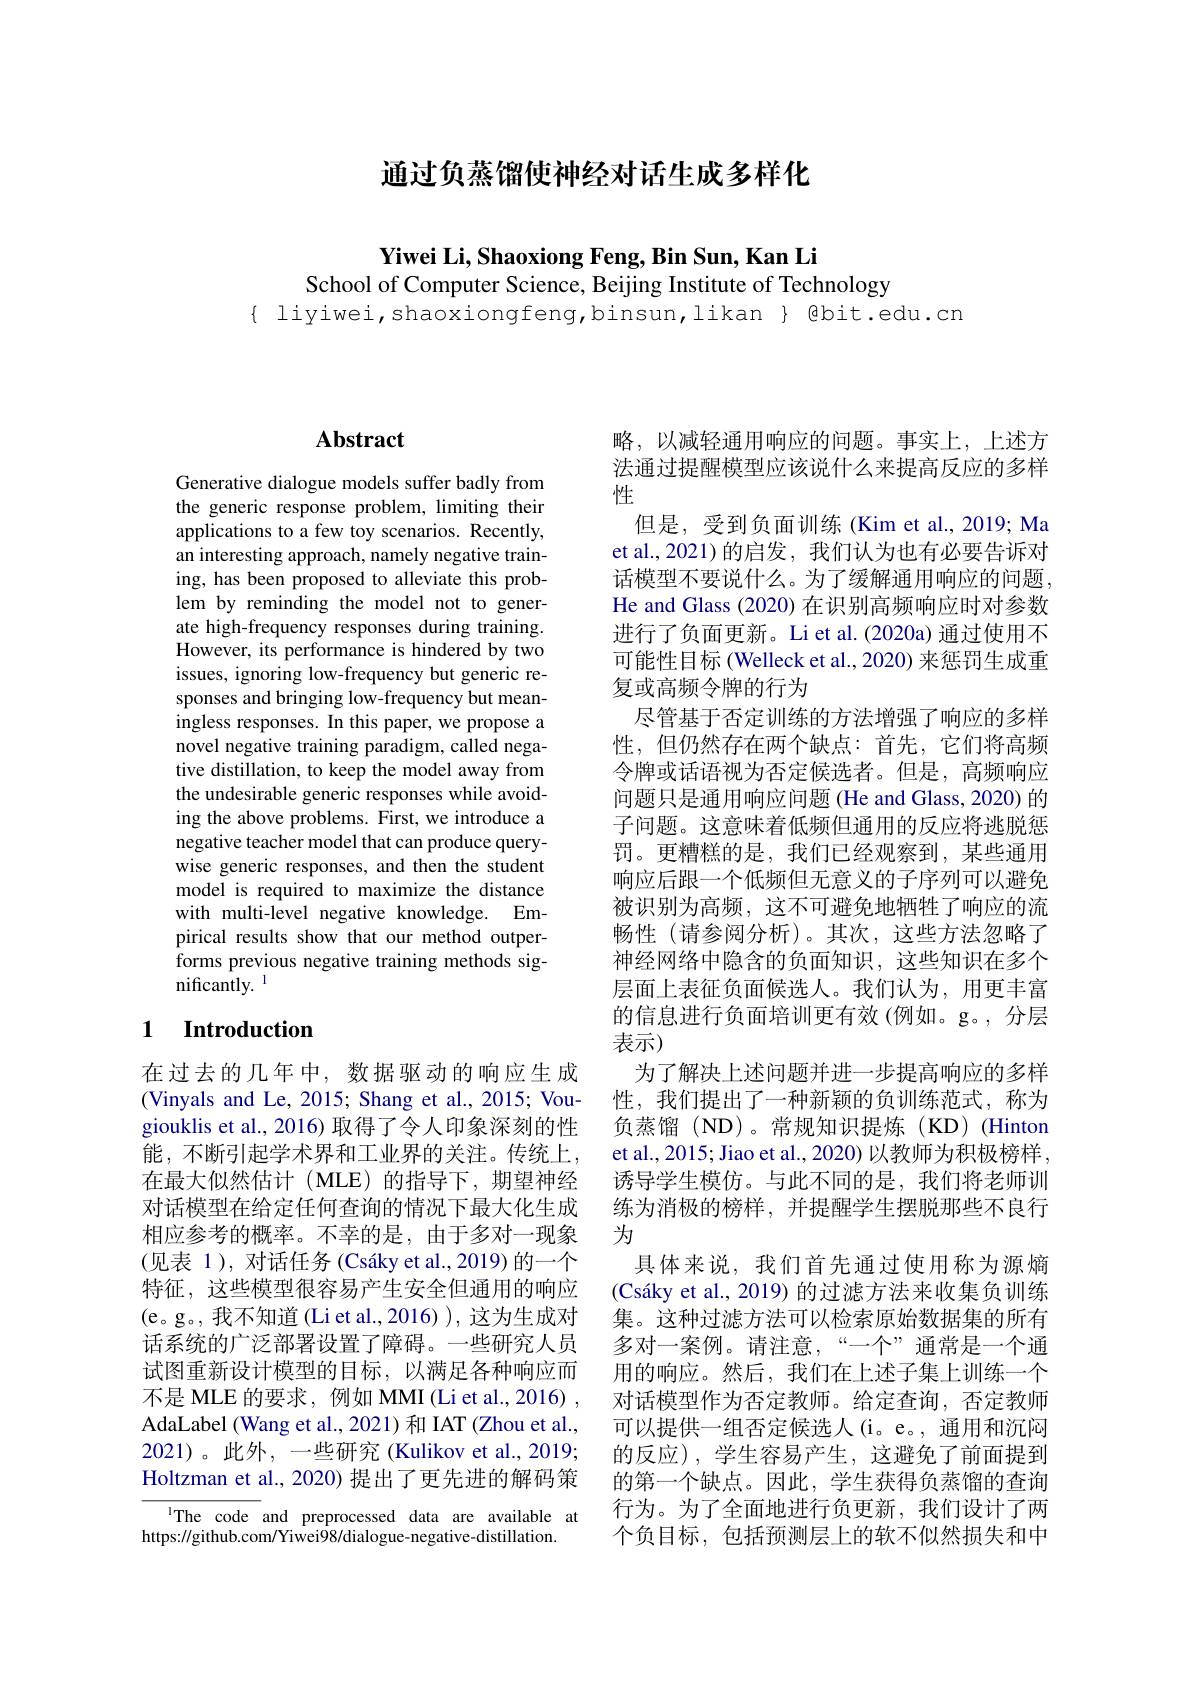
通过负蒸馏使神经对话生成多样化

$\textbf{Yiwei Li, Shaoxiong Feng, Bin Sun, Kan Li}$
School of Computer Science, Beijing Institute of Technology

$\{$ liyiwei,shaoxiongfeng,binsun,likan $\}$ @bit.edu.cn

# Abstract

Generative dialogue models suffer badly from the generic response problem, limiting their applications to a few toy scenarios. Recently, an interesting approach, namely negative training, has been proposed to alleviate this problem by reminding the model not to generate high-frequency responses during training. However, its performance is hindered by two issues, ignoring low-frequency but generic responses and bringing low-frequency but meaningless responses. In this paper, we propose a novel negative training paradigm, called negative distillation, to keep the model away from the undesirable generic responses while avoiding the above problems. First, we introduce a negative teacher model that can produce querywise generic responses, and then the student model is required to maximize the distance with multi-level negative knowledge. Empirical results show that our method outperforms previous negative training methods significantly. 1

## 1 $\textbf{Introduction}$

在过去的几年中，数据驱动的响应生成(Vinyals and Le, 2015; Shang et al., 2015; Vougiouklis et al., 2016) 取得了令人印象深刻的性能，不断引起学术界和工业界的关注。传统上， 在最大似然估计(MLE)的指导下，期望神经对话模型在给定任何查询的情况下最大化生成相应参考的概率。不幸的是，由于多对一现象(见表 1), 对话任务 (Csáky et al., 2019) 的一个特征，这些模型很容易产生安全但通用的响应(e。g。, 我不知道(Li et al.,2016) ), 这为生成对话系统的广泛部署设置了障碍。一些研究人员试图重新设计模型的目标，以满足各种响应而不是 MLE 的要求，例如 MMI (Li et al., 2016) , AdaLabel (Wang et al., 2021) 和 IAT (Zhou et al., 2021)。此外，一些研究(Kulikov et al., 2019; Holtzman et al., 2020) 提出了更先进的解码策

IThe code and preprocessed data are available at
https://github.com/Yiwei98/dialogue-negative-distillation.

略，以减轻通用响应的问题。事实上，上述方法通过提醒模型应该说什么来提高反应的多样性
但是，受到负面训练(Kim et al.,2019; Ma et al.,2021)的启发，我们认为也有必要告诉对话模型不要说什么。为了缓解通用响应的问题， He and Glass (2020) 在识别高频响应时对参数进行了负面更新。Li et al.(2020a) 通过使用不可能性目标 (Welleck et al., 2020) 来惩罚生成重复或高频令牌的行为
尽管基于否定训练的方法增强了响应的多样性，但仍然存在两个缺点：首先，它们将高频令牌或话语视为否定候选者。但是，高频响应问题只是通用响应问题(He and Glass, 2020) 的子问题。这意味着低频但通用的反应将逃脱惩罚。更糟糕的是，我们已经观察到，某些通用响应后跟一个低频但无意义的子序列可以避免被识别为高频，这不可避免地牺牲了响应的流畅性(请参阅分析)。其次，这些方法忽略了神经网络中隐含的负面知识，这些知识在多个层面上表征负面候选人。我们认为，用更丰富的信息进行负面培训更有效(例如。g。,分层表示)
为了解决上述问题并进一步提高响应的多样性，我们提出了一种新颖的负训练范式，称为负蒸馏(ND)。常规知识提炼(KD)(Hinton et al., 2015; Jiao et al., 2020) 以教师为积极榜样， 诱导学生模仿。与此不同的是，我们将老师训练为消极的榜样，并提醒学生摆脱那些不良行为
具体来说，我们首先通过使用称为源熵(Csáky et al., 2019) 的过滤方法来收集负训练集。这种过滤方法可以检索原始数据集的所有多对一案例。请注意，“一个”通常是一个通用的响应。然后，我们在上述子集上训练一个对话模型作为否定教师。给定查询，否定教师可以提供一组否定候选人(i。e。,通用和沉闷的反应),学生容易产生，这避免了前面提到的第一个缺点。因此，学生获得负蒸馏的查询行为。为了全面地进行负更新，我们设计了两个负目标，包括预测层上的软不似然损失和中